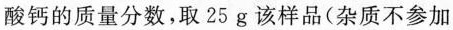
酸钙的质量分数，取25g该样品(杂质不参加